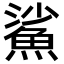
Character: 鯊